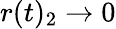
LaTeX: r(t)_{2}\to 0